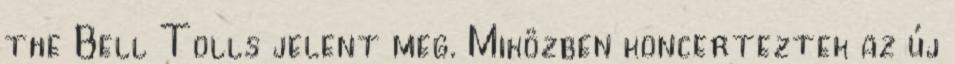
the Bell Tolls jelent meg. Miközben koncerteztek az új